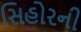
સિહોરની